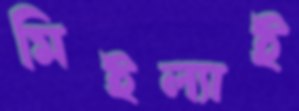
মিইল্যাই